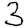
Digit: 3